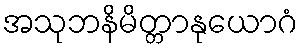
အသုဘနိမိတ္တာနုယောဂံ